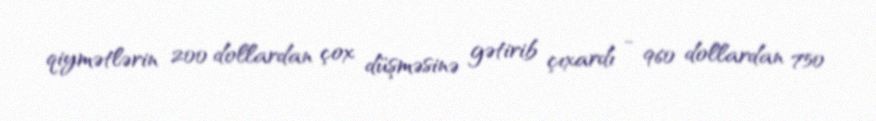
qiymətlərin 200 dollardan çox düşməsinə gətirib çıxardı - 960 dollardan 750